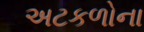
અટકળોના